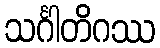
သင်္ဂါတိဂဿ